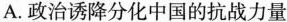
A.政治诱降分化中国的抗战力量